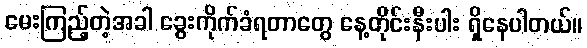
မေးကြည့်တဲ့အခါ ခွေးကိုက်ခံရတာတွေ နေ့တိုင်းနီးပါး ရှိနေပါတယ်။